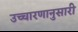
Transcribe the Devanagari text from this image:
उच्चारणानुसारी